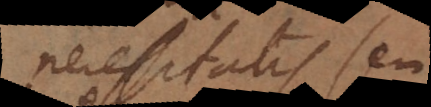
necessitatis seu